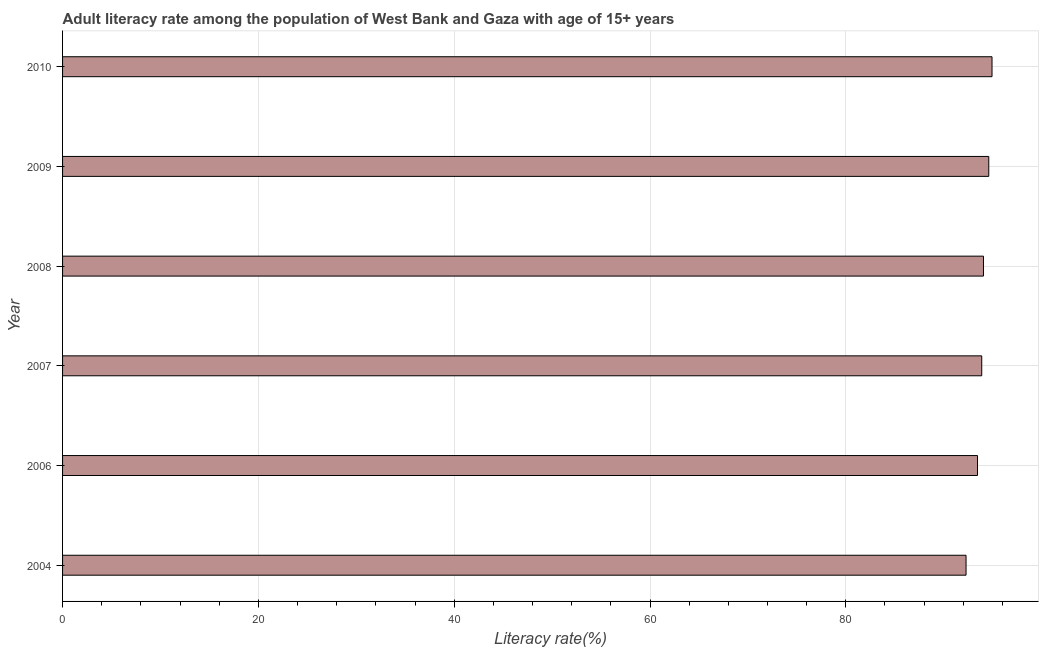
| Year | Adult literacy rate |
 | --- | --- |
 | 2004 | 92.3 |
 | 2006 | 93.4 |
 | 2007 | 93.9 |
 | 2008 | 94.1 |
 | 2009 | 94.6 |
 | 2010 | 94.9 |